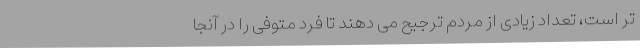
تر است، تعداد زیادی از مردم ترجیح می دهند تا فرد متوفی را در آنجا